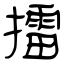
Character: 擂